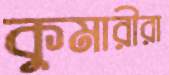
কুমারীরা